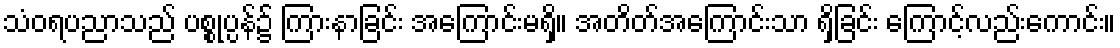
သံဝရပညာသည် ပစ္စုပ္ပန်၌ ကြားနာခြင်း အကြောင်းမရှိ။ အတိတ်အကြောင်းသာ ရှိခြင်း ကြောင့်လည်းကောင်း။